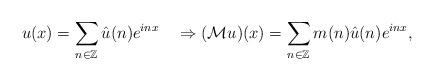
LaTeX: \begin{align*}u(x)=\sum_{n\in\mathbb{Z}}\hat{u}(n)e^{inx}\quad\Rightarrow(\mathcal{M}u)(x)=\sum_{n\in\mathbb{Z}}m(n)\hat{u}(n)e^{inx},\end{align*}